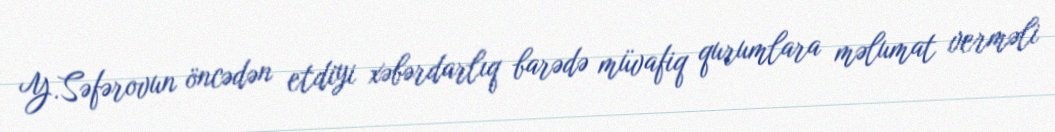
Y.Səfərovun öncədən etdiyi xəbərdarlıq barədə müvafiq qurumlara məlumat verməli